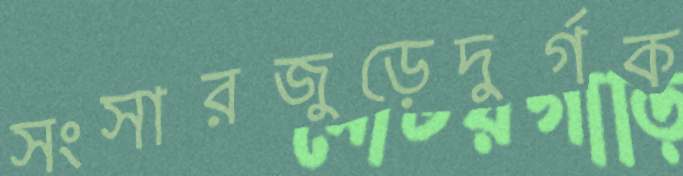
সংসারজুড়েদুর্গক